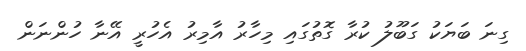
ގިނަ ބަޔަކު ގަބޫލު ކުރާ ގޮތުގައި މިހާރު އާމިރު އެހުރީ އޭނާ ހުންނަން